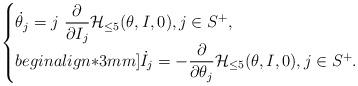
LaTeX: \begin{align*}\begin{cases}\dot{\theta}_j=j\,\,\dfrac{\partial}{\partial I_j} \mathcal{H}_{\leq 5}(\theta, I, 0), j\in S^+,\\begin{align*}3mm]\dot{I}_j=-\dfrac{\partial}{\partial \theta_j} \mathcal{H}_{\leq 5}(\theta, I, 0), j\in S^+.\end{cases}\end{align*}